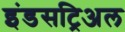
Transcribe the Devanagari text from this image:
इंडसट्रिअल